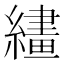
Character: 繣